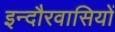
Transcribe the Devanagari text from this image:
इन्दौरवासियों